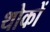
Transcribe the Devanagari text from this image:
थोकों